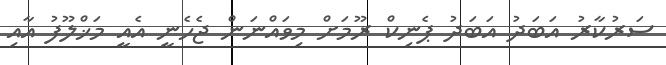
ސަރުކާރު އަބަދު އަބަދު ޕެނިކް ރޫމަށް މިވައްނަން ޖެހެނީ އެއީ މަޚްލޫފު އާއި